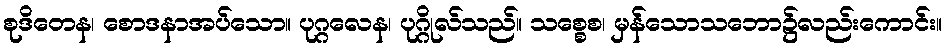
စုဒိတေန၊ စောဒနာအပ်သော။ ပုဂ္ဂလေန၊ ပုဂ္ဂိုလ်သည်။ သစ္စေစ၊ မှန်သောသဘော၌လည်းကောင်း။